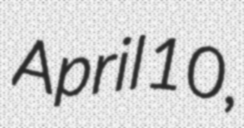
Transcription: April 10,